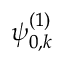
\psi _ { 0 , k } ^ { ( 1 ) }